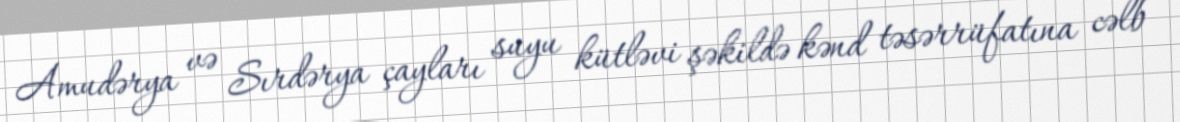
Amudərya və Sırdərya çayları suyu kütləvi şəkildə kənd təsərrüfatına cəlb